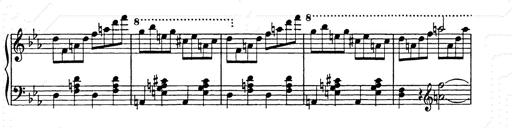
Title: Allegro di bravura
Composer: Carl Maria von Weber
Key: D major